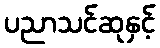
ပညာသင်ဆုနှင့်